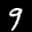
Label: 9